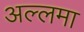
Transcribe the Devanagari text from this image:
अल्लमा